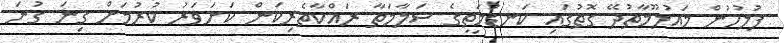
ފުލުހުން މައުލޫމާތުދޭ ގޮތުގައި ކަނޑުމަތީގެ ސަލާމަތާ ރައްކާތެރިކަން ކަށަވަރު ކުރުމަށް ގިނަ ގުނަ